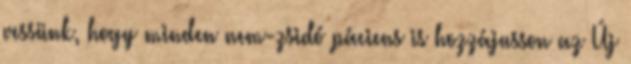
vessünk, hogy minden nem-zsidó páciens is hozzájusson az Új